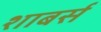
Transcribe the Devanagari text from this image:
शाबर्स